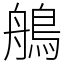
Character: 鵃